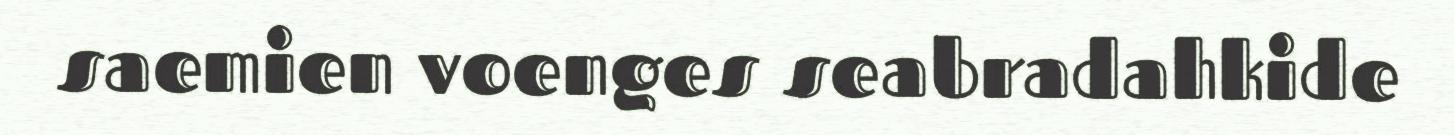
saemien voenges seabradahkide